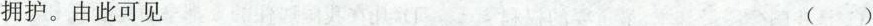
拥护。由此可见 ()